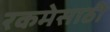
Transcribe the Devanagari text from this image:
रकमेसाठी